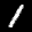
Label: 1